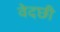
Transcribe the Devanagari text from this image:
वेदछी